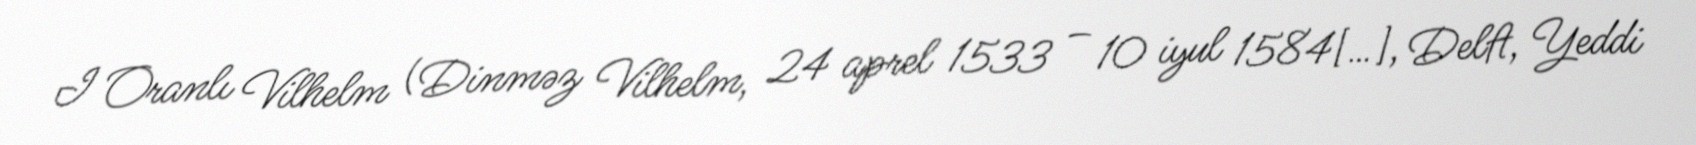
I Oranlı Vilhelm (Dinməz Vilhelm, 24 aprel 1533 – 10 iyul 1584[…], Delft, Yeddi